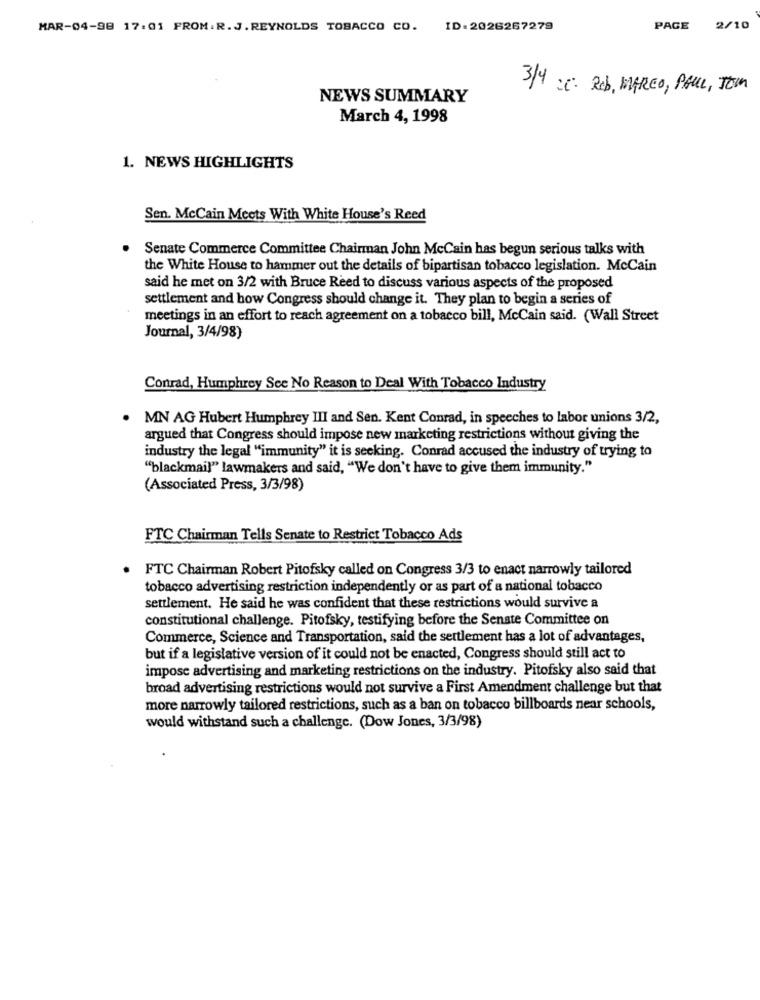
MAR-04-98 17:01 FROM. R.J. REYNOLDS TOBACCO CO. ID:2026267279
PAGE
2/10
3/4 cc: Rob, MAREO, PAUL, TOIM
NEWS SUMMARY
March 4, 1998
1. NEWS HIGHLIGHTS
Sen. McCain Meets With White House's Reed
Senate Commerce Committee Chairman John McCain has begun serious talks with
the White House to hammer out the details of bipartisan tobacco legislation. McCain
said he met on 3/2 with Bruce Reed to discuss various aspects of the proposed
settlement and how Congress should change it. They plan to begin a series of
meetings in an effort to reach agreement on a tobacco bill, McCain said. (Wall Street
Journal, 3/4/98)
Conrad, Humphrey See No Reason to Deal With Tobacco Industry
. MN AG Hubert Humphrey III and Sen. Kent Conrad, in speeches to labor unions 3/2,
argued that Congress should impose new marketing restrictions without giving the
industry the legal "immunity" it is seeking. Conrad accused the industry of trying to
"blackmail" lawmakers and said, "We don't have to give them immunity."
(Associated Press, 3/3/98)
FTC Chairman Tells Senate to Restrict Tobacco Ads
FTC Chairman Robert Pitofsky called on Congress 3/3 to enact narrowly tailored
tobacco advertising restriction independently or as part of a national tobacco
settlement. He said he was confident that these restrictions would survive a
constitutional challenge. Pitofsky, testifying before the Senate Committee on
Commerce, Science and Transportation, said the settlement has a lot of advantages,
but if a legislative version of it could not be enacted, Congress should still act to
impose advertising and marketing restrictions on the industry. Pitofsky also said that
broad advertising restrictions would not survive a First Amendment challenge but that
more narrowly tailored restrictions, such as a ban on tobacco billboards near schools,
would withstand such a challenge. (Dow Jones, 3/3/98)